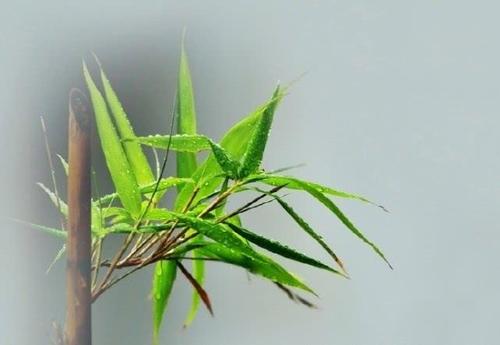
斑竹枝，斑竹枝，泪痕点点寄相思。